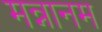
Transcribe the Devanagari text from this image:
मन्नानम